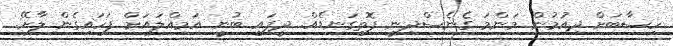
ހިސާބަށް ދިއުމުން މަންމަ ގެނެސްދިނީ ފޮތިގަނޑެއް. ދީފައި ބުނީ އަމިއްލައަށް ފަހައިގެން ލާށޭ.